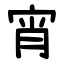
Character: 宵